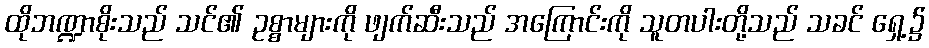
ထိုဘဏ္ဍာစိုးသည် သင်၏ ဥစ္စာများကို ဖျက်ဆီးသည် အကြောင်းကို သူတပါးတို့သည် သခင် ရှေ့၌